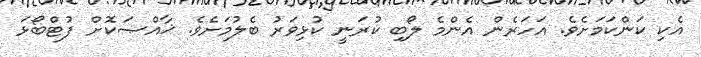
އެކި ކަންކަމަށެވެ. އަހަރެން އެންމެ ލޯބި ކުރަނީ ކުޅިވަރު ބެލުމަށެވެ. ޚާއްޞަކޮށް ފުޓްބޯޅަ